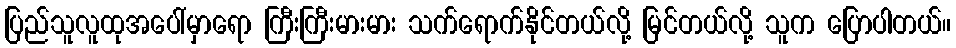
ပြည်သူလူထုအပေါ်မှာရော ကြီးကြီးမားမား သက်ရောက်နိုင်တယ်လို့ မြင်တယ်လို့ သူက ပြောပါတယ်။